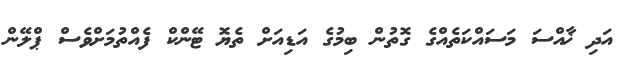
އަދި ޚާއްސަ މަސައްކަތެއްގެ ގޮތުން ބިމުގެ އަޑިއަށް ތެޔޮ ޓޭންކް ފެއްތުމަށްވެސް ޕްލޭން